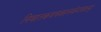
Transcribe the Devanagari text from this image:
निवातकवचकालकेयवधम्